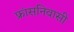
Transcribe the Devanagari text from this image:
फ्रांसनिवासी